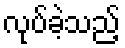
လုပ်ခဲ့သည့်